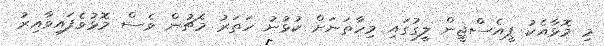
މި މޮޅާއެކު ޕީއެސްޖީން ލީގުގައި މިހާތަނަށް ކުޅުނު ހަތަރު މެޗުން ވެސް މޮޅުވެފައިވާއިރު